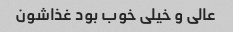
عالی و خیلی خوب بود غذاشون